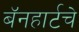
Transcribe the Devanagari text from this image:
बॅनहार्टचे